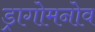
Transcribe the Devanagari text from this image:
ड्रागोमनोव